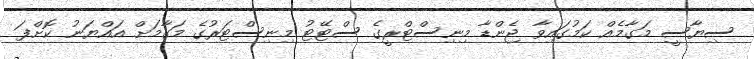
ސިޔާސީ މަގާމެއް ކަމުގައިވާ ޖެންޑާ މިނިސްޓްރީގެ ސްޓޭޓު މިނިސްޓަރުގެ މަގާމަށް އައްޔަނު ކޮށްފަ